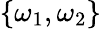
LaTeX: \left\{ \omega_{1},\omega_{2}\right\}